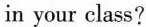
in your class?